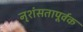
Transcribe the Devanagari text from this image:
नृशंसतापूर्वक